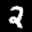
Label: 2